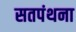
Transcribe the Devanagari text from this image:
सतपंथना